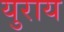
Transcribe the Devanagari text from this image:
युराय